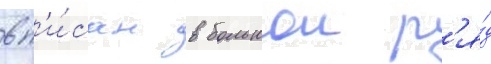
вп'и́сан в большои р'я́д